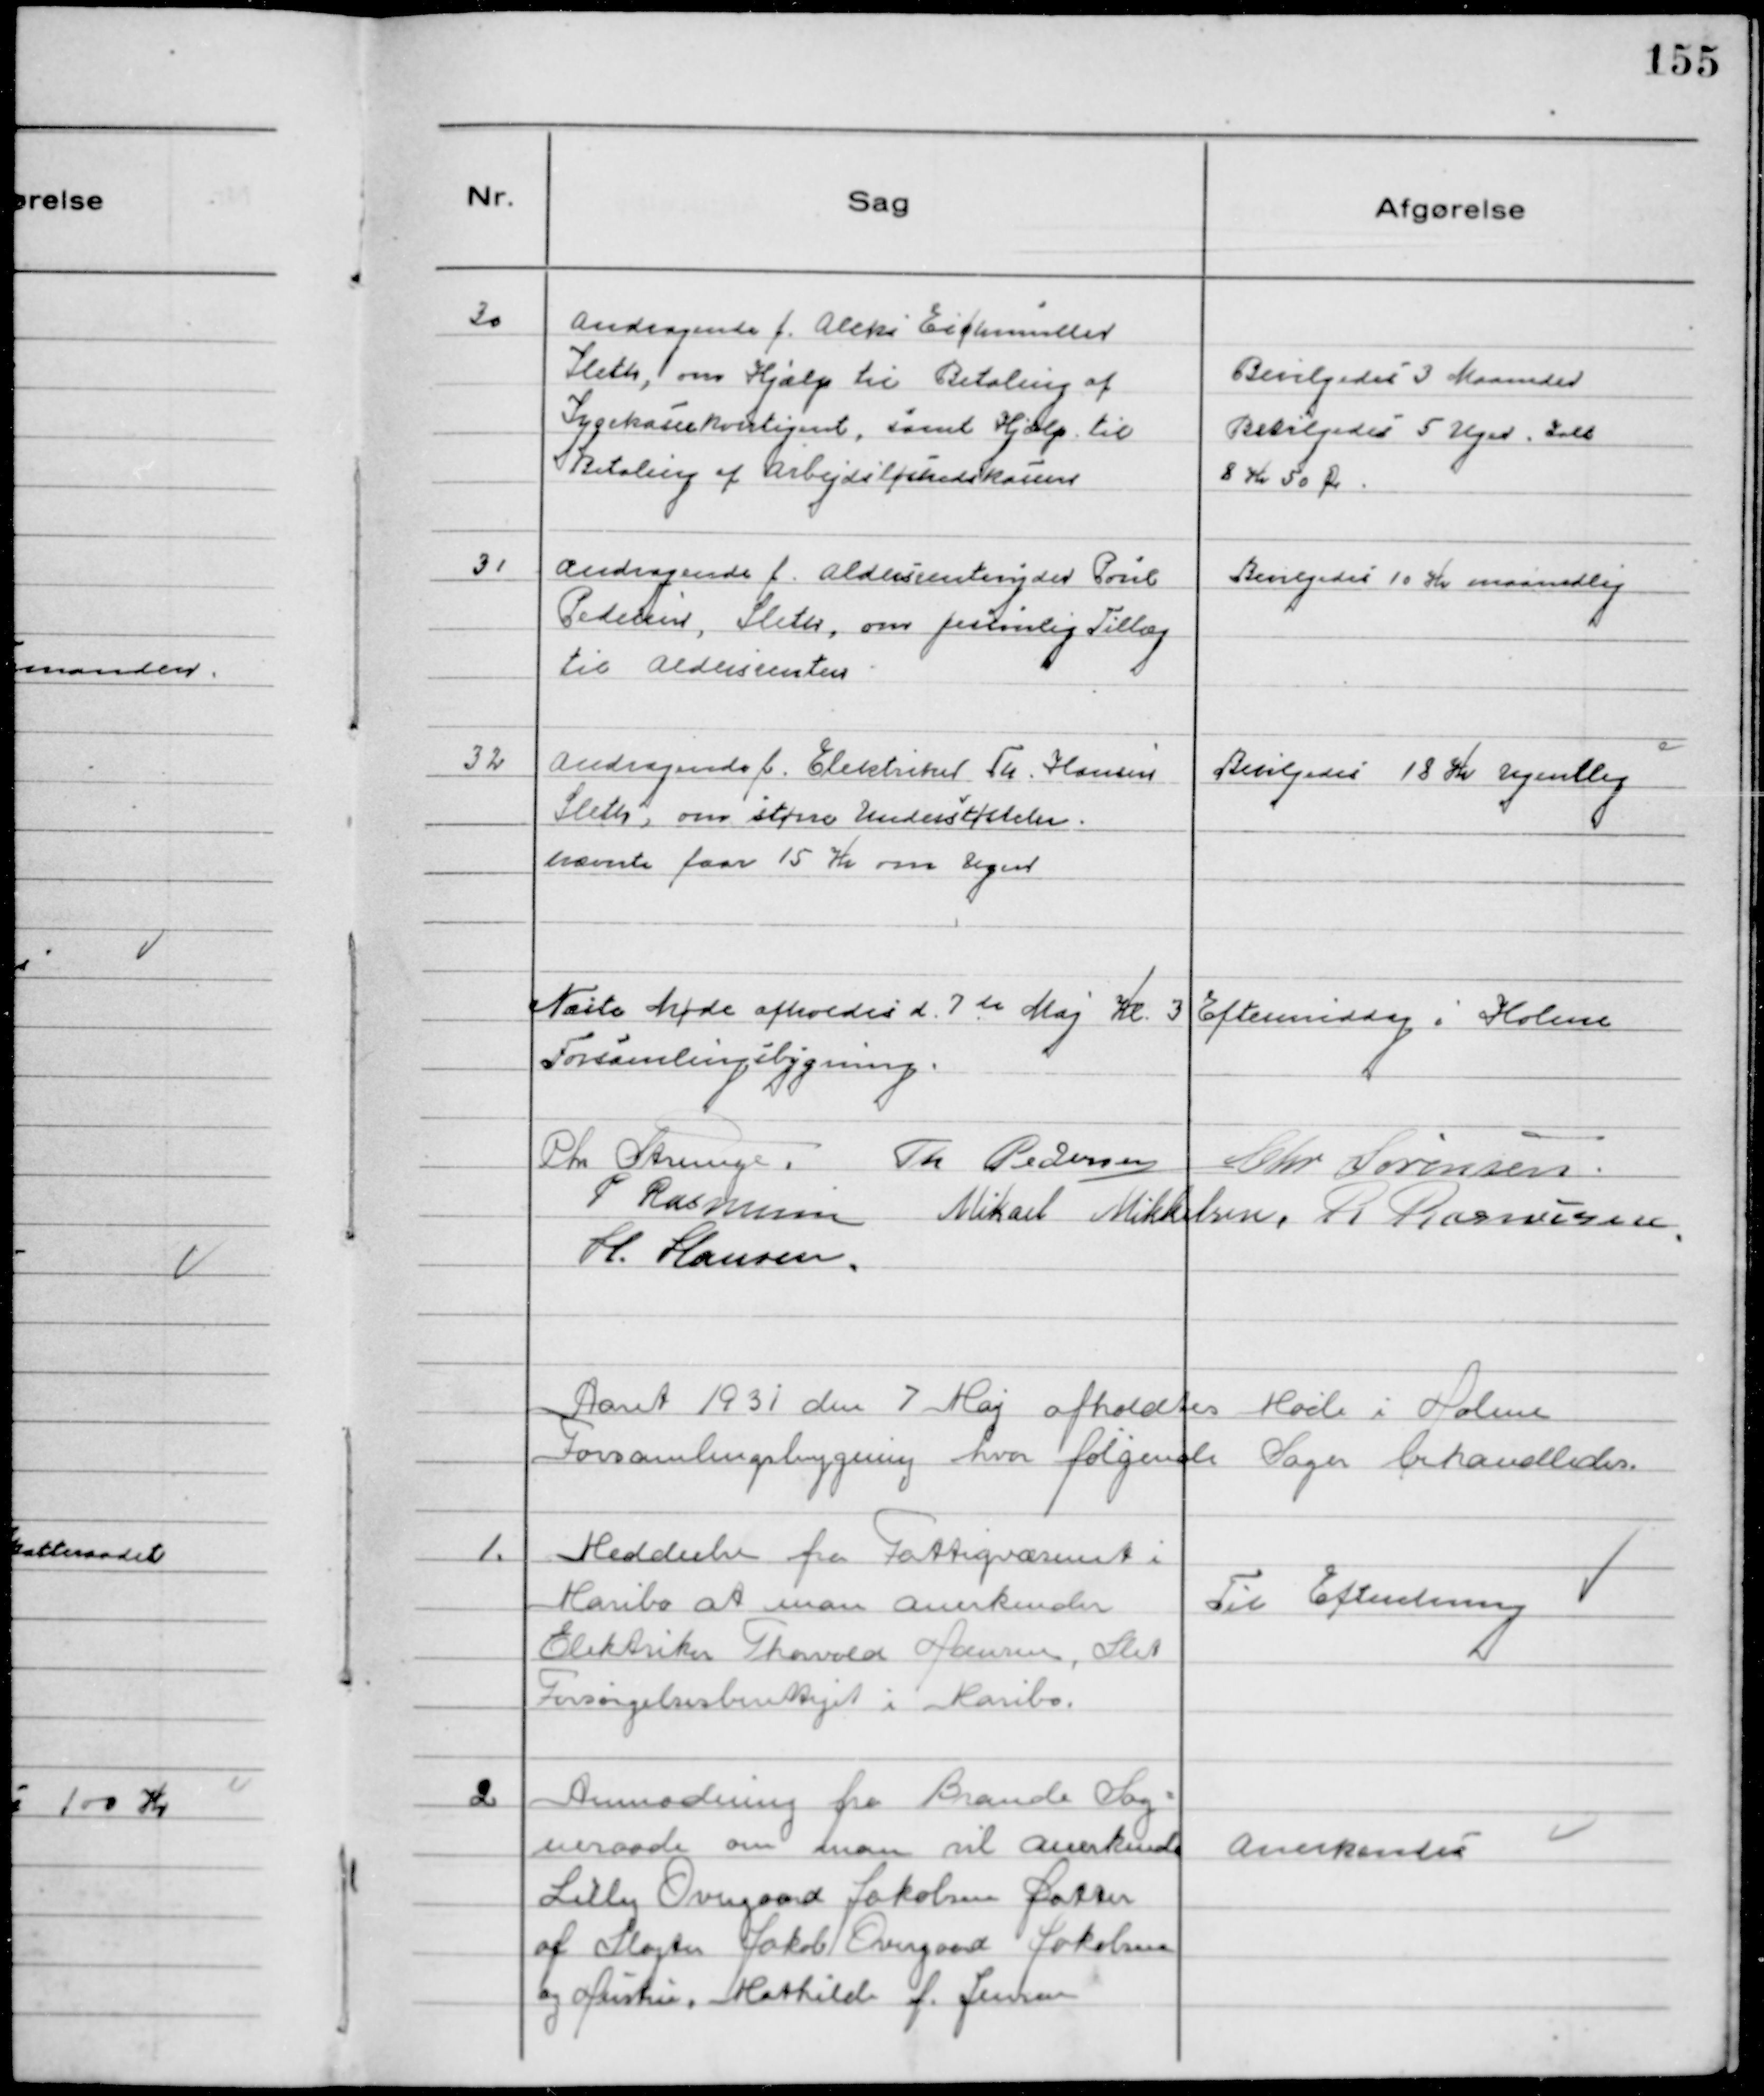
Transskription:
30
Andragende f. Aleks Eichmuller
Sleth, om Hjælp til Betaling af
Sygekassekontigent, samt Hjælp til
Betaling af Arbejdsløshedskassen

Bevilgedes 3 Maaneder
Bevilgedes 5 Uger. Ialt
8 Kr 50 Ør.

31
Andragende f. Aldersrentenyder Poul
Pedersen, Sleth, om personlig Tillæg
til Aldersrenten

Bevilgedes 10 Kr maanedlig

32
Andragende f. Elektriker Th. Hansen
Sleth, om større Understøttelse.
nævnte faar 15 Kr om Ugen

Bevilgedes 18 Kr Ugentlig

Næste Møde afholdes d. 7 de Maj Kl. 3 Eftermiddag i Holme
Forsamlingsbygning.
Chr Strunge. Th Pedersen Chr Sørensen.
P Rasmussen Mikael Mikkelsen. R Rasmussen
H. Hansen.

Aaret 1931den 7 Maj afholdtes Møde i Holme
Forsamlingsbygning hvor følgende Sager behandledes.

1.
Meddeelse fra Fattigvæsenet i
Maribo at man anerkender
Elektriker Thorvald Hansen, Slet
Forsørgelsesberettiget i Maribo.

Til Efteretning

2
Anmodning fra Brande Sog-
neraad om man vil anerkende
Lilly Overgaard Jakobsen Datter af
Slagter Jakob Overgaard Jakobsen
og Hustru, Mathilde f. Jensen

Anerkendes